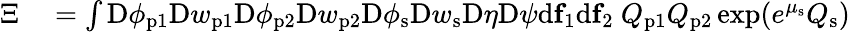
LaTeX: \begin{array}{rl}{\Xi}&{{}=\int\mathrm{D}\phi_{\mathrm{p}1}\mathrm{D}w_{\mathrm{p}1}\mathrm{D}\phi_{\mathrm{p}2}\mathrm{D}w_{\mathrm{p}2}\mathrm{D}\phi_{\mathrm{s}}\mathrm{D}w_{\mathrm{s}}\mathrm{D}\eta\mathrm{D}\psi\mathrm{d}\mathbf{f}_{1}\mathrm{d}\mathbf{f}_{2}\ Q_{\mathrm{p}1}Q_{\mathrm{p}2}\exp(e^{\mu_{\mathrm{s}}}Q_{\mathrm{s}})}\end{array}